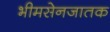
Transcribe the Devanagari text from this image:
भीमसेनजातक